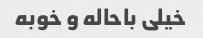
خیلی باحاله و خوبه